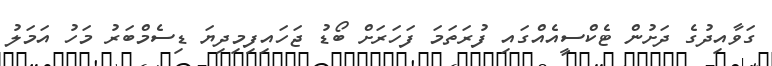
ގަވާއިދުގެ ދަށުން ޓެކްސީއެއްގައި ފުރަތަމަ ފަހަރަށް ބޯޑު ޖަހައިފިމިދިޔަ ޑިސެމްބަރު މަހު އަމަލު